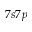
7 s 7 p